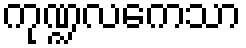
ကုဏ္ဍလကေသာ